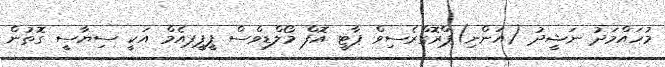
މުހައްމަދު ނަޝީދު (އަންނި)ޕްރޮގްރެސިވް ޕާޓީ އޮފް މޯލްޑިވްސް ޕީޕީޕއެމް އަކީ ސިޔާސީ ގޮތުން